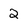
Character: 2